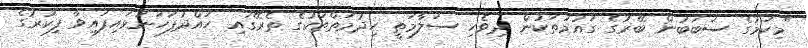
"މިކަމުގެ ސަބަބުން ބޭރުގެ ގައުމުތަކުން ދިވެހި ސަލާމަތީ ހިދުމަތްތަކުގެ ތެރޭގައި ހައްދުފަހަނަޅައިފައިވާ ފިކުރުގެ